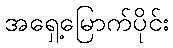
အရှေ့မြောက်ပိုင်း